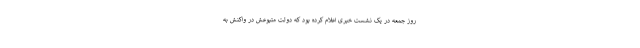
روز جمعه در یک نشست خبری اعلام کرده بود که دولت متبوعش در واکنش به